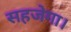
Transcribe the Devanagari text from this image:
सहजेगा।